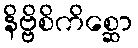
နိဗ္ဗိစိကိစ္ဆော